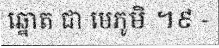
ឆ្នោត ជា មេភូមិ ។៩ -